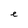
Character: e